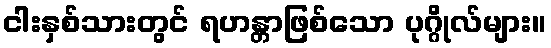
ငါးနှစ်သားတွင် ရဟန္တာဖြစ်သော ပုဂ္ဂိုလ်များ။